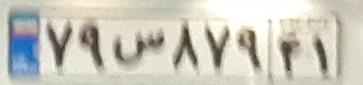
۷۹س۸۷۹۴۱